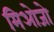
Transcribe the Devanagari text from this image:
मिओजो